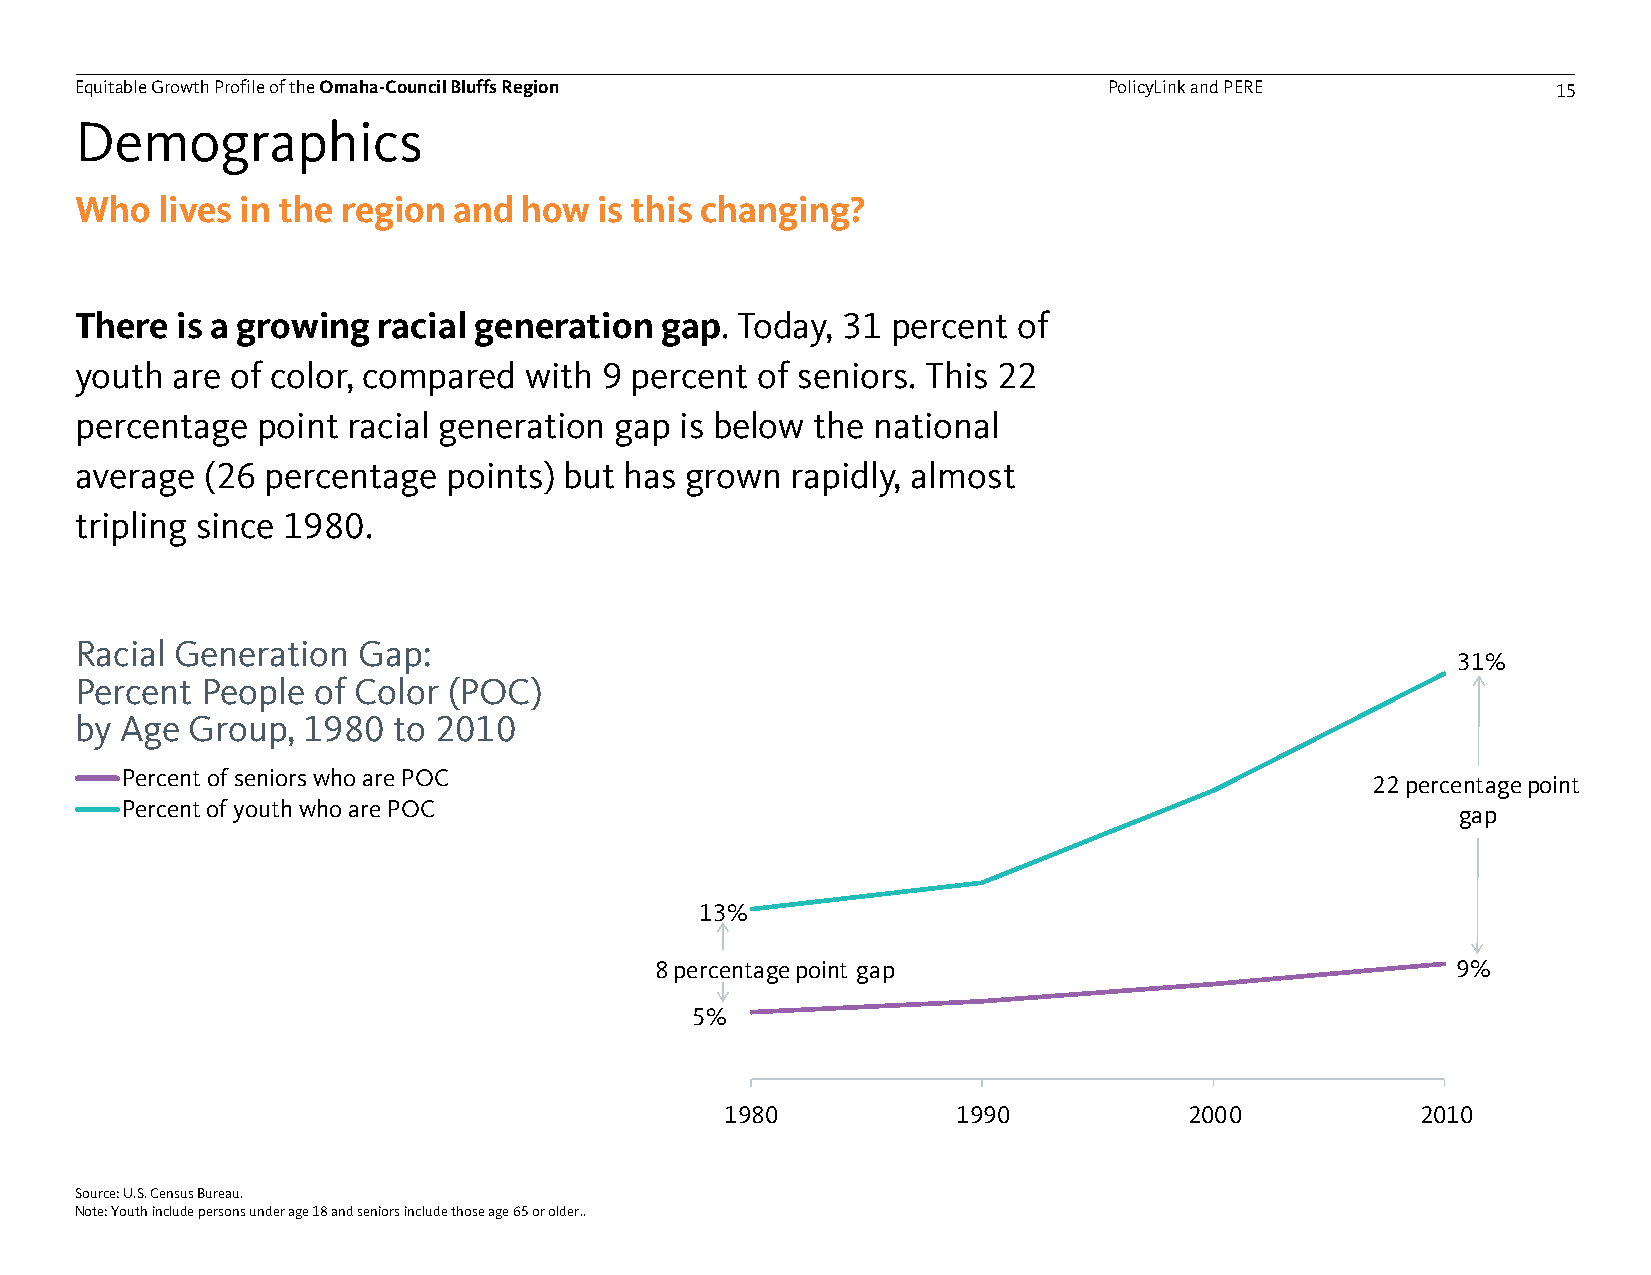
Equitable Growth Profile of theOmaha-Council Bluffs Region          PolicyLink and PERE           15
 Demographics
 Who  lives in the region and how   is this changing?
 There  is a growing racial generation  gap. Today, 31 percent of
 youth are of color, compared  with 9 percent of seniors. This 22
 percentage  point racial generation gap is below the national
 average  (26 percentage  points) but has grown rapidly, almost
 tripling since 1980.
 Racial Generation  Gap:
 31%
 Percent People  of Color (POC)
 by Age  Group, 1980  to 2010
 Percent of seniors who are POC
 22 percentage point
 Percent of youth who are POC                                                             gap
 13%
 8 percentage point gap                               9%
 5%
 1980           1990            2000           2010
 Source: U.S. Census Bureau.                                                       71%
 Note: Youth include persons under age 18 and seniors include those age 65 or older..
 30 percentage
 point gap
 46%
 41%
 30 percentage
 point gap
 16%
 1980     1990      2000     2010